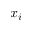
x _ { i }